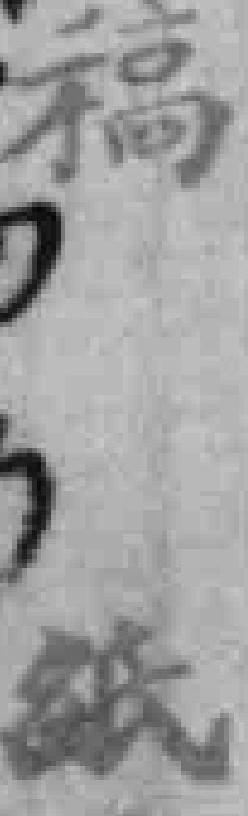
福纸